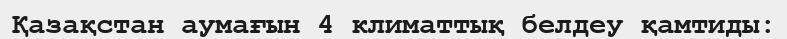
Қазақстан аумағын 4 климаттық белдеу қамтиды: